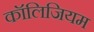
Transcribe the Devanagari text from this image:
कॉलिजियम